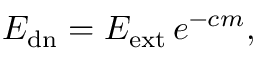
E _ { \mathrm { { d n } } } = E _ { \mathrm { { e x t } } } \, e ^ { - c m } ,